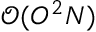
\mathcal { O } { ( O ^ { 2 } N ) }